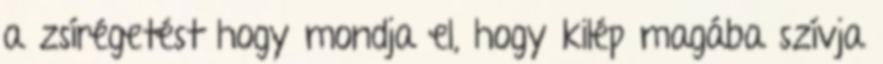
a zsírégetést hogy mondja el, hogy kilép magába szívja